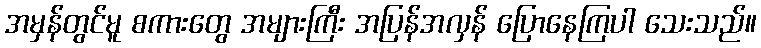
အမှန်တွင်မူ စကားတွေ အများကြီး အပြန်အလှန် ပြောနေကြပါ သေးသည်။